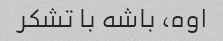
اوه، باشه با تشکر